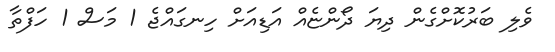
ވެލި ބަރުކޮށްގެން ދިޔަ ދޯންޏެއް އަޑިއަށް ހިނގައްޖެ 1 މަސް 1 ހަފްތާ